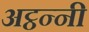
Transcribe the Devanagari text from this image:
अट्ठन्नी